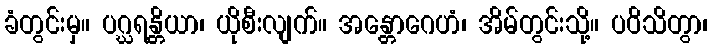
ခံတွင်းမှ။ ပဂ္ဃရန္တိယာ၊ ယိုစီးလျက်။ အန္တောဂေဟံ၊ အိမ်တွင်းသို့။ ပဝိသိတွာ၊